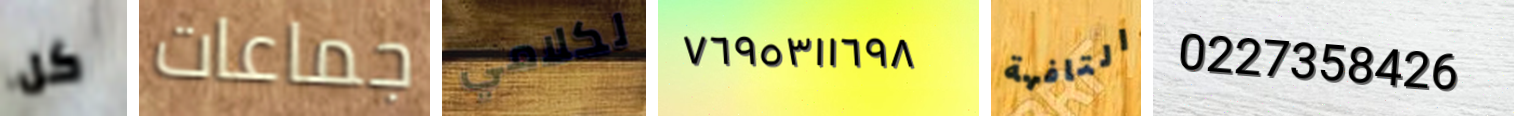
كل جماعات لكلامي ٧٦٩٥٣١١٦٩٨ التافهة 0227358426